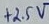
Text: +2.5V